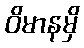
ဝိမာနမှိ